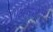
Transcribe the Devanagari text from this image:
औरजेरी